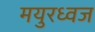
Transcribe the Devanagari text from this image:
मयुरध्वज